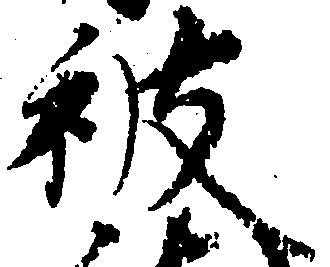
被